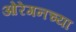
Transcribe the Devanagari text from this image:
ओरेगनच्या